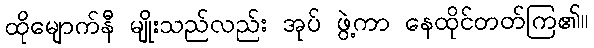
ထိုမျောက်နီ မျိုးသည်လည်း အုပ် ဖွဲ့ကာ နေထိုင်တတ်ကြ၏။